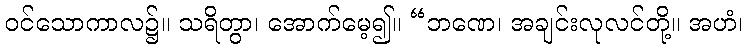
ဝင်သောကာလ၌။ သရိတွာ၊ အောက်မေ့၍။ “ဘဏေ၊ အချင်းလုလင်တို့။ အဟံ၊